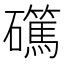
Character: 𥗖